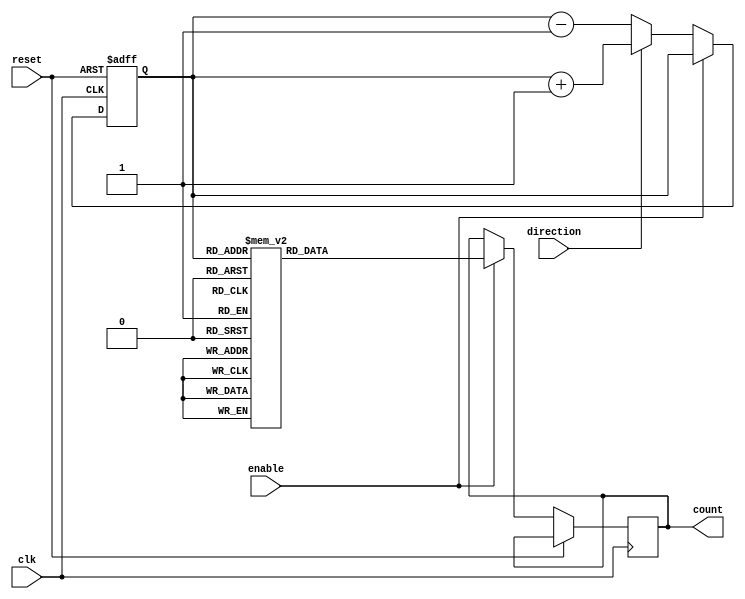
module gray_counter (
    input wire clk,
    input wire reset,
    input wire enable,
    input wire direction,
    output reg [3:0] count
);

reg [2:0] state;

always @(posedge clk or posedge reset) begin
    if (reset)
        state <= 0;
    else if (enable)
        case (state)
            3'h0: count <= 4'b0001;
            3'h1: count <= 4'b0011;
            3'h2: count <= 4'b0010;
            3'h3: count <= 4'b0110;
            3'h4: count <= 4'b0111;
            3'h5: count <= 4'b0101;
            3'h6: count <= 4'b0100;
            3'h7: count <= 4'b1100;
            3'h8: count <= 4'b1101;
            3'h9: count <= 4'b1111;
            3'ha: count <= 4'b1110;
            3'hb: count <= 4'b1010;
            3'hc: count <= 4'b1011;
            3'hd: count <= 4'b1001;
            3'he: count <= 4'b1000;
            3'hf: count <= 4'b0000;
        endcase
    else begin
        if (direction)
            state <= state + 1;
        else
            state <= state - 1;
    end
end

endmodule